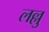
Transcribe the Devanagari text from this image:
लल्लु